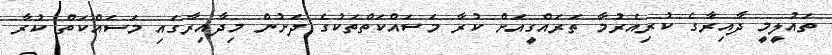
ތައުލީމީ ދާއިރާގެ ކުރިއެރުމާ ތަރައްގީއަށް ކުރާ މަސައްކަތްތަކުގެ ދަށުން މިދާއިރާގައި މަސައްކަތް ކުރާ